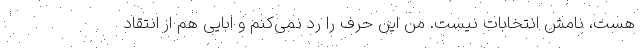
هست، نامش انتخابات نیست. من این حرف را رد نمی‌کنم و ابایی هم از انتقاد